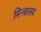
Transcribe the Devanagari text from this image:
मिन्त्रालय